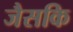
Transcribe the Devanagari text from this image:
जैसकि